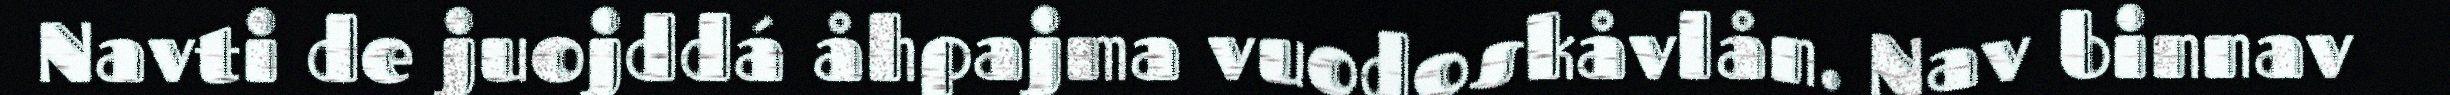
Navti de juojddá åhpajma vuodoskåvlån. Nav binnav